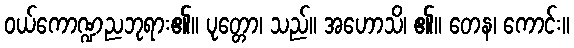
ဝယ်ကောဏ္ဍညဘုရား၏။ ပုတ္တော၊ သည်။ အဟောသိ၊ ၏။ တေန၊ ကောင်း။